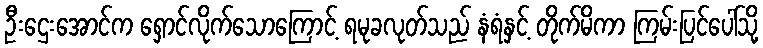
ဦးဌေးအောင်က ရှောင်လိုက်သောကြောင့် ရမုခလုတ်သည် နံရံနှင့် တိုက်မိကာ ကြမ်းပြင်ပေါ်သို့